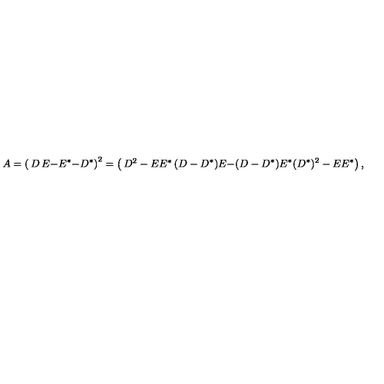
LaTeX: A = \left( \begin{matrix} { D } & { E } \\ { - E ^ { \ast } } & { - D ^ { \ast } } \\ \end{matrix} \right) ^ { 2 } = \left( \begin{matrix} { D ^ { 2 } - E E ^ { \ast } } & { ( D - D ^ { \ast } ) E } \\ { - ( D - D ^ { \ast } ) E ^ { \ast } } & { ( D ^ { \ast } ) ^ { 2 } - E E ^ { \ast } } \\ \end{matrix} \right) ,